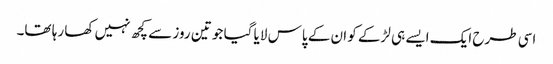
اسی طرح ایک ایسے ہی لڑکے کو ان کے پاس لایا گیا جو تین روز سے کچھ نہیں کھا رہا تھا۔